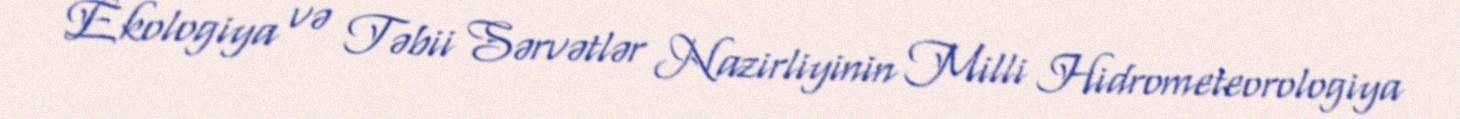
Ekologiya və Təbii Sərvətlər Nazirliyinin Milli Hidrometeorologiya